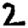
Digit: 2